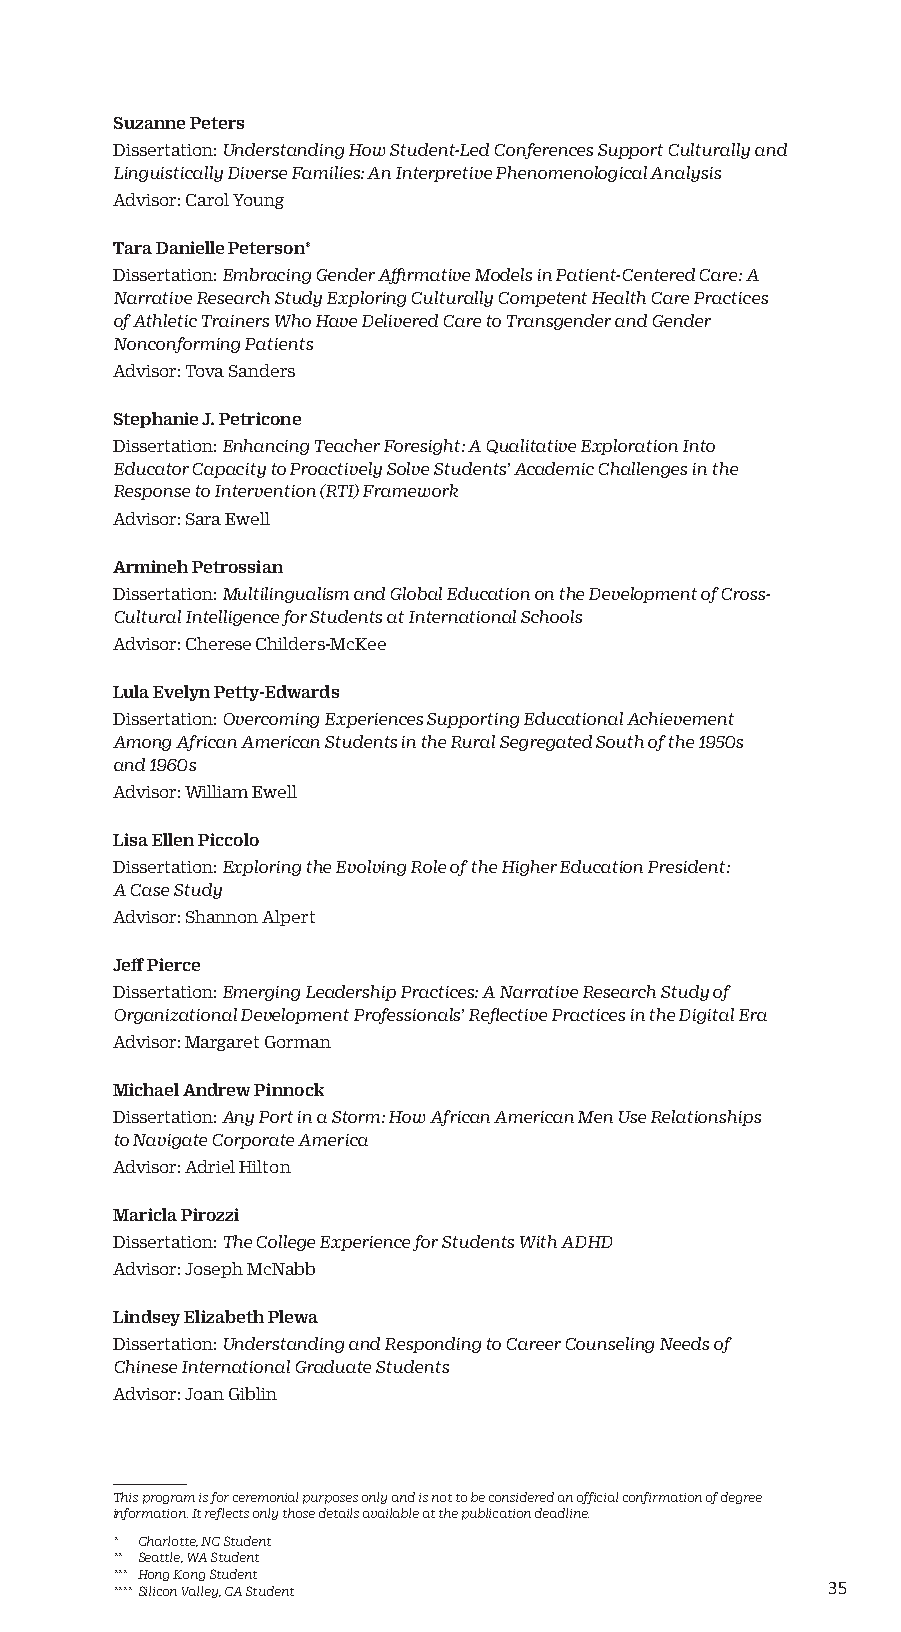
Suzanne Peters
 Dissertation: Understanding How Student-Led Conferences Support Culturally and
 Linguistically Diverse Families: An Interpretive Phenomenological Analysis
 Advisor: Carol Young
 Tara Danielle Peterson*
 Dissertation: Embracing Gender Affirmative Models in Patient-Centered Care: A
 Narrative Research Study Exploring Culturally Competent Health Care Practices
 of Athletic Trainers Who Have Delivered Care to Transgender and Gender
 Nonconforming Patients
 Advisor: Tova Sanders
 Stephanie J. Petricone
 Dissertation: Enhancing Teacher Foresight: A Qualitative Exploration Into
 Educator Capacity to Proactively Solve Students’ Academic Challenges in the
 Response to Intervention (RTI) Framework
 Advisor: Sara Ewell
 Armineh Petrossian
 Dissertation: Multilingualism and Global Education on the Development of Cross-
 Cultural Intelligence for Students at International Schools
 Advisor: Cherese Childers-McKee
 Lula Evelyn Petty-Edwards
 Dissertation: Overcoming Experiences Supporting Educational Achievement
 Among African American Students in the Rural Segregated South of the 1950s
 and 1960s
 Advisor: William Ewell
 Lisa Ellen Piccolo
 Dissertation: Exploring the Evolving Role of the Higher Education President:
 A Case Study
 Advisor: Shannon Alpert
 Jeff Pierce
 Dissertation: Emerging Leadership Practices: A Narrative Research Study of
 Organizational Development Professionals’ Reflective Practices in the Digital Era
 Advisor: Margaret Gorman
 Michael Andrew Pinnock
 Dissertation: Any Port in a Storm: How African American Men Use Relationships
 to Navigate Corporate America
 Advisor: Adriel Hilton
 Maricla Pirozzi
 Dissertation: The College Experience for Students With ADHD
 Advisor: Joseph McNabb
 Lindsey Elizabeth Plewa
 Dissertation: Understanding and Responding to Career Counseling Needs of
 Chinese International Graduate Students
 Advisor: Joan Giblin
 This program is for ceremonial purposes only and is not to be considered an official confirmation of degree
 information. It reflects only those details available at the publication deadline.
 * Charlotte, NC Student
 ** Seattle, WA Student
 *** Hong Kong Student
 **** Silicon Valley, CA Student                 35